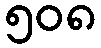
၅၀၈